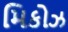
મિકોઝ